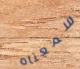
سمعناه